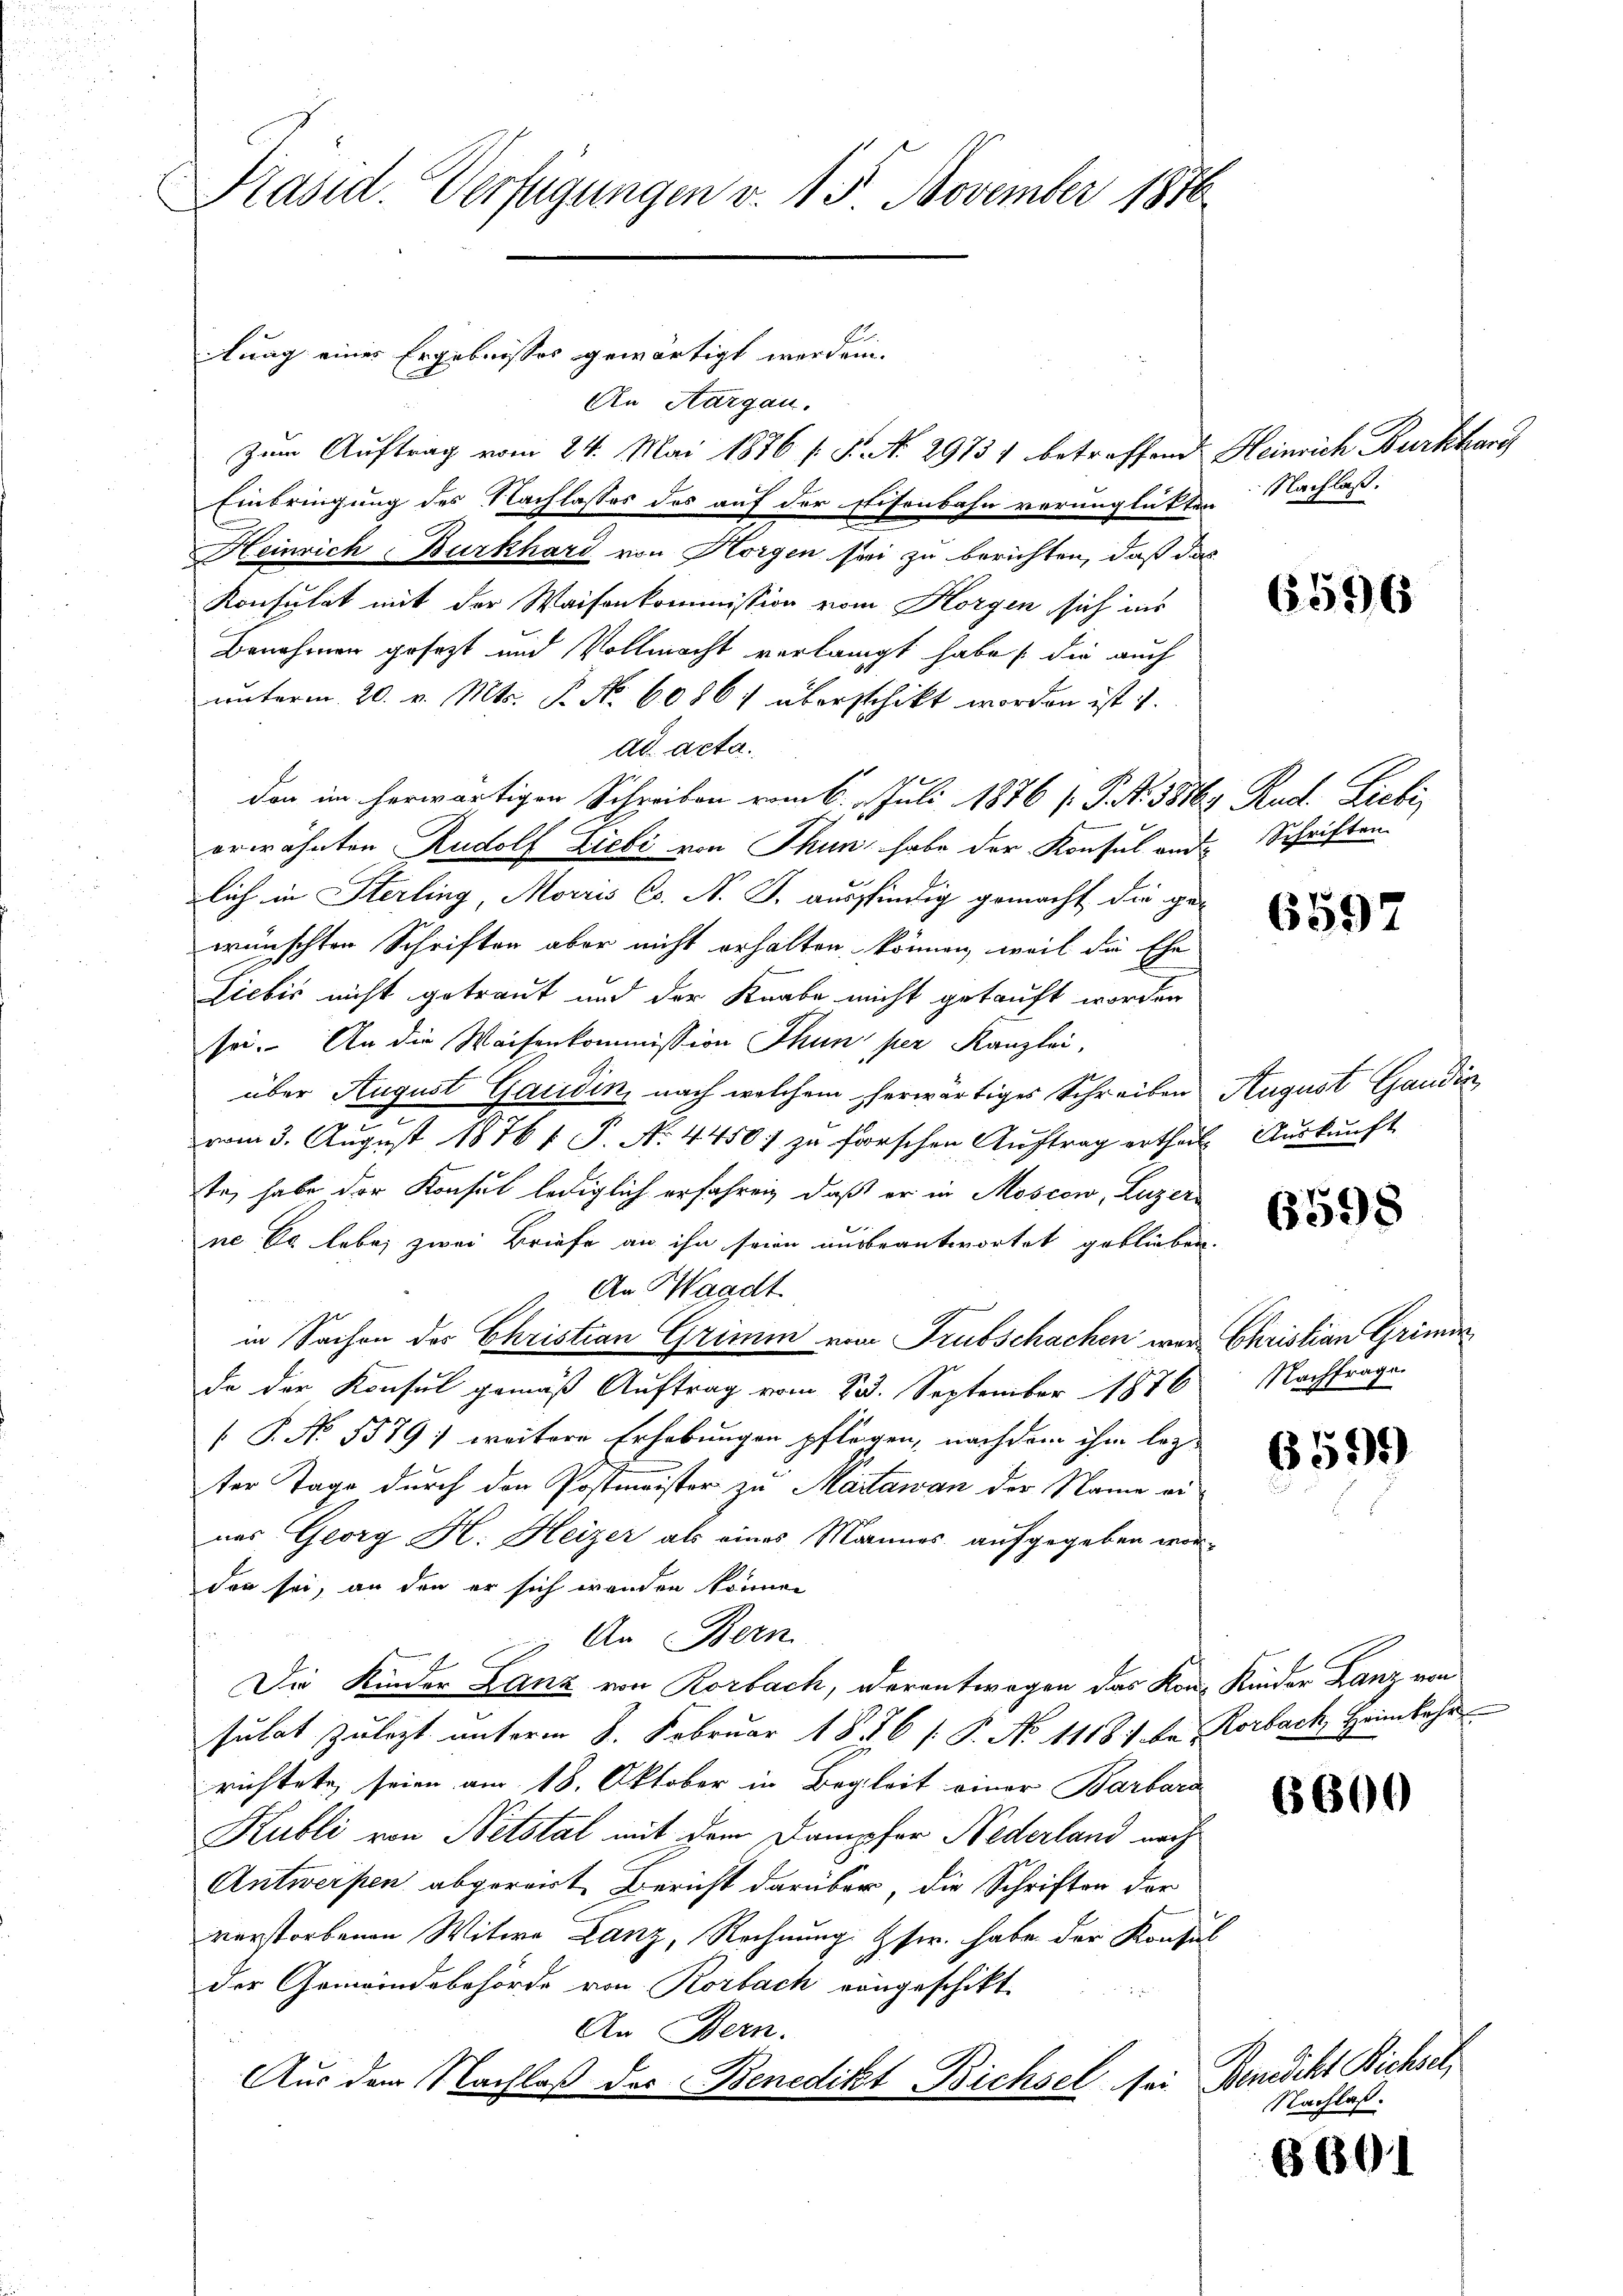
Präsid. Verfügungen v. 15 November 1876

tung eines Ergebnisses gewärtigt werden.

An Aargau.
zum Auftrag vom 24. Mai 1876 s. S. N. 29751 betreffend Heinrich Burkhard
Einbringung des Nachlasses des auf der stisenbahn verunglückten Nachlaß,
Heinrich Burkhard von Horgen sei zu berichten, daß das
Konsulat mit der Waisenkommission vom Horgen sich ins
Benehmen gesezt und Vollmacht verlangt habe die auch
unterm 20. v. Mts. P. Nr. 60867 überschikt worden ist u.
ad acta.
don im herwärtigen Schreiben vom 6. Juli 1876 f. P. N. 3816, Rud. Liebi
erwähnten Rudolf Liebi von Thun habe der Konsul ande Schriften.
lich in Sterling, Morris C. A. J. ausfindig gemacht die gewünschten Schriften aber nicht erhalten können, weil die Ehe
Liebis nicht getraut und der Knabe nicht gekauft worden
sei. An die Waisenkommission Thun per Kanzlei,
über August Gaudin, nach welchem herwärtiges Schreiben August Gaudin
vom 3. August 18761 S. No 4450) zu forschen Auftrag ertheil. Auskunft
te, habe der Konsul lediglich erfahren, daß er in Moscow, Luzern
ne Er lebe, zwei Briefe an ihn seien ausbeantwortet geblieben.
An Waadt
B
in Sachen des Christian Grimm vom Trubschachen war Christian Grimin
da der Konsul gemäß Auftrag vom 23. September 1870 Nachfrage
 P. No. 5579 : weitere Erhebungen pflegen, nachdem ihm leg
ter Tage durch den Postmeister zu Martawan der Name einas Georg H. Heizer als eines Mannes aufgegeben worden sei, an den er sich wanden können
An Bern
Die Kinder Lanz von Rorbach, derentwagen das Kon- Kinder Lanz von
sulat zulezt unterm 8. Februar 1856 s. P. No 11181. ka Rorbach, Heimkehr
richtete seien am 18. Oktober in Begleit einer Barbara
Kubli von Netstal mit dem Dampfer Nederland nach¬
Antweisen abgereit Bericht darüber, die Schriften der
verstorbenen Witwe Lanz, Rechnung. Zscr. habe der Konsul
der Gemeindebehörde von Rorbach vongeschikt
An Bern.
Aus dem Nachlaß des Benedikt Bichsel sei Bemerckt Bichsetz

.

6596

6597

6598

6599)

6600

Nachlaß.

6601